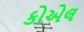
કોએલ